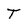
Character: T